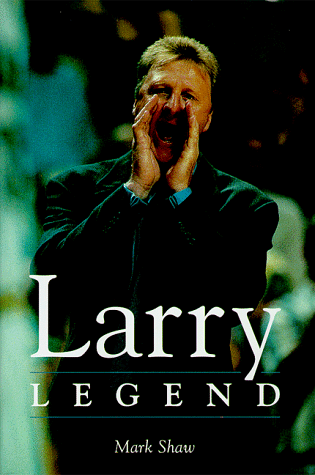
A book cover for Larry Legend; Mark Shaw; Sports & Outdoors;